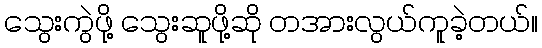
သွေးကွဲဖို့ သွေးဆူဖို့ဆို တအားလွယ်ကူခဲ့တယ်။